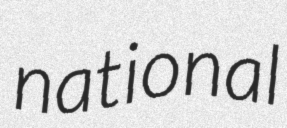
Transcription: national